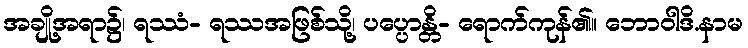
အချို့အရာ၌၊ ရဿံ- ရဿအဖြစ်သို့၊ ပပ္ပောန္တိ- ရောက်ကုန်၏။ ဘောဝါဒိ.နာမ